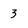
Character: 3